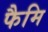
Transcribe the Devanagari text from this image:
फैमि